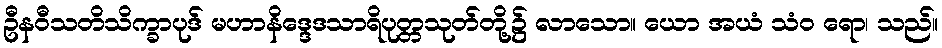
ဦနဝီသတိသိက္ခာပုဒ် မဟာနိဒ္ဒေဒသာရိပုတ္တသုတ်တို့၌ လာသော။ ယော အယံ သံဝ ရော၊ သည်။